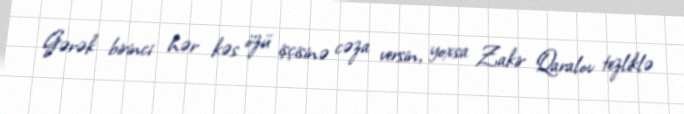
Gərək birinci hər kəs özü işçisinə cəza versin, yoxsa Zakir Qaralov tezliklə